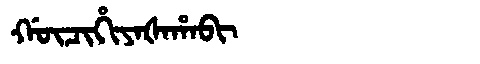
Manchu: ᡤᡡᠴᡳᡥᡳᠶᠠᡧᠠᡥᠠᠪᡳ
Romanization: GŪCIHIYAŠAHABI